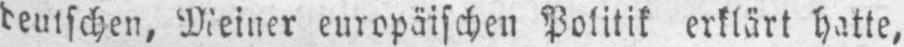
deutschen, Meiner europäischen Politik erklärt hatte,